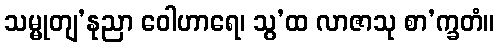
သမ္မုတျ’နုညာ ဝေါဟာရေ၊ သွ’ထ လာဇာသု စာ’က္ခတံ။